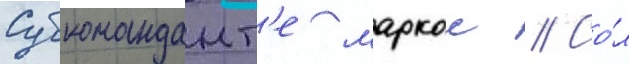
Субкомандант'е маркос // Со́л